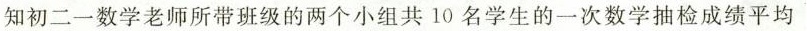
知初二一数学老师所带班级的两个小组共10名学生的一次数学抽检成绩平均